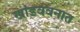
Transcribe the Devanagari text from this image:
खांडववनात